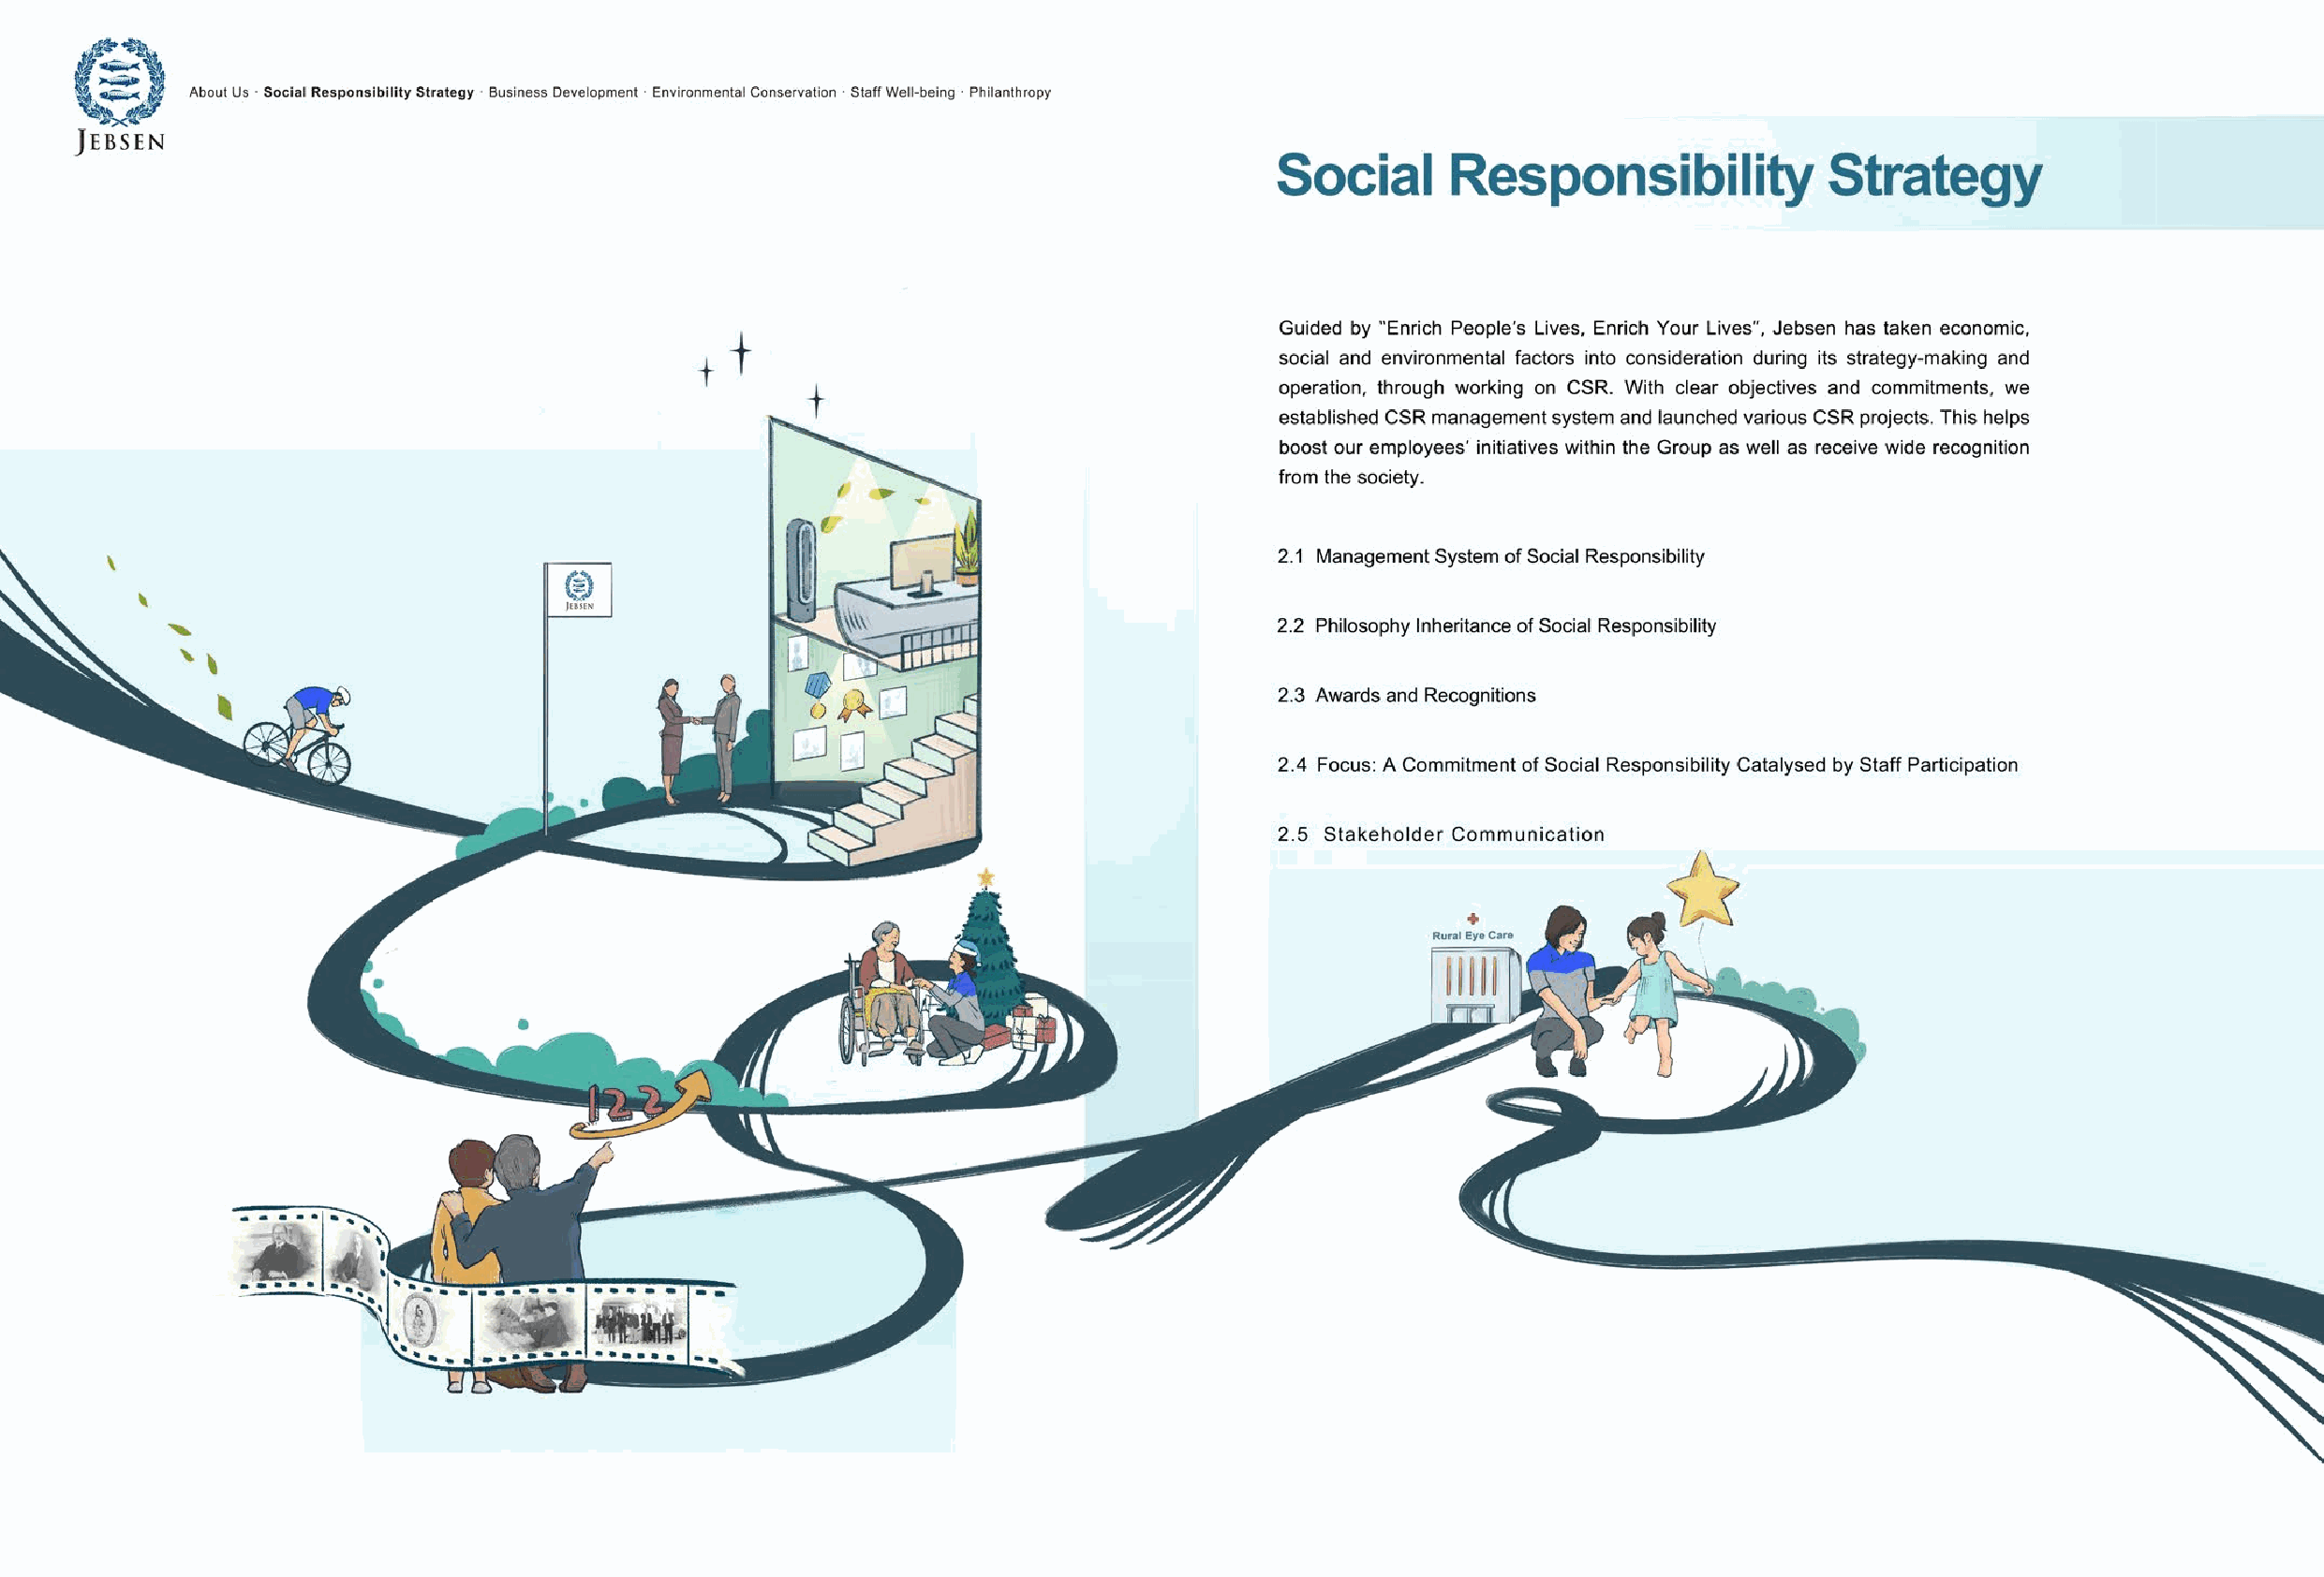
17    Profile Business Lines Development Philosophy Compliance Management Information Security                            Jebsen Group Corporate Social Responsibility Report 2018 << 1188